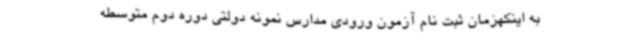
به اینکهزمان ثبت نام آزمون ورودی مدارس نمونه دولتی دوره دوم متوسطه